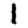
Digit: 1